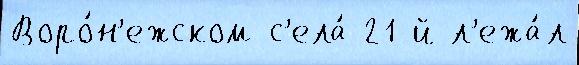
Воро́н'ежском с'ела́ 21-й л'ежа́л